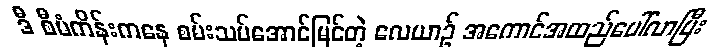
ဒီ စီမံကိန်းကနေ စမ်းသပ်အောင်မြင်တဲ့ လေယာဉ် အကောင်အထည်ပေါ်လာပြီး